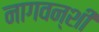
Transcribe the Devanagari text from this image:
नागवन्शी